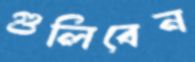
গুলিবেন